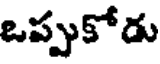
ఒప్పుకోడు